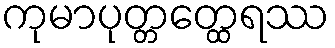
ကုမာပုတ္တတ္ထေရဿ